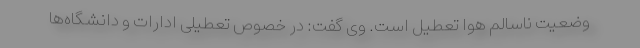
وضعیت ناسالم هوا تعطیل است. وی گفت: در خصوص تعطیلی ادارات و دانشگاه‌ها